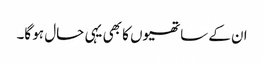
ان کے ساتھیوں کا بھی یہی حال ہو گا۔